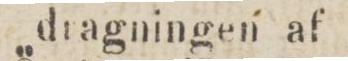
dragningen af